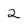
Character: 2